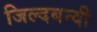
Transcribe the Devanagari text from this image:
जिल्दबन्दी